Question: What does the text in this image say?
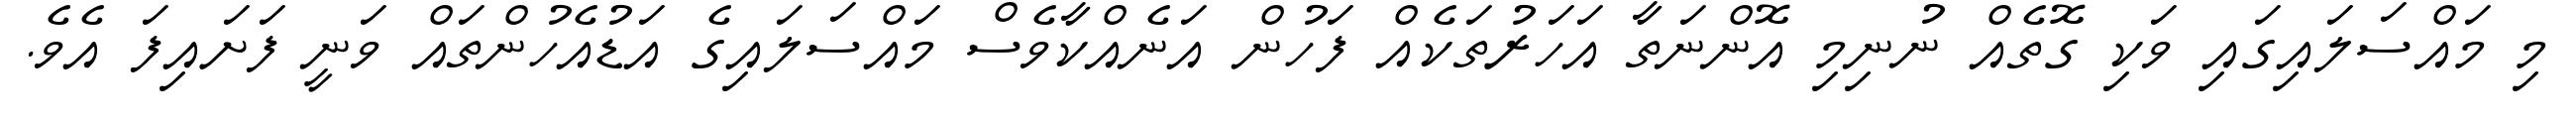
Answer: މި މައްސަލައިގައި ވަކި ގޮތެއް ނުނިމި އޮންނަތާ އަހަރުތަކެއް ފަހުން އަނެއްކާވެސް މައްސަލައިގެ އަޑުއެހުންތައް ވަނީ ފަށައިފަ އެވެ.